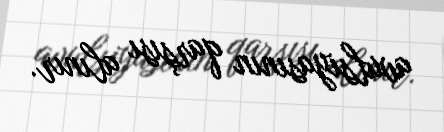
avulsiyasının qarşısı alınır.